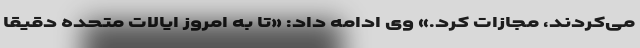
می‌کردند، مجازات کرد.» وی ادامه داد: «تا به امروز ایالات متحده دقیقاً